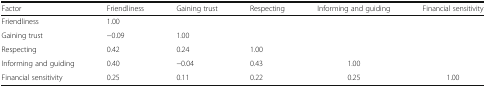
| Factor | Friendliness | Gaining trust | Respecting | Informing and guiding | Financial sensitivity |
 | --- | --- | --- | --- | --- | --- |
 | Friendliness | 1.00 |  |  |  |  |
 | Gaining trust | −0.09 | 1.00 |  |  |  |
 | Respecting | 0.42 | 0.24 | 1.00 |  |  |
 | Informing and guiding | 0.40 | −0.04 | 0.43 | 1.00 |  |
 | Financial sensitivity | 0.25 | 0.11 | 0.22 | 0.25 | 1.00 |